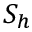
S _ { h }